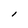
Character: l